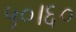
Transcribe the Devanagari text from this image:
५०।६०